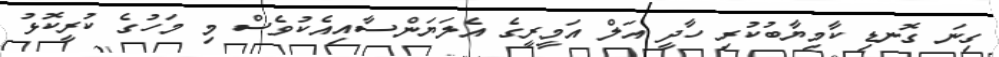
ގިނަ ގޮނޑި ކާމިޔާބުކުރި ހާދީ އަލް އަމީރީގެ އެލަޔަންސާއިއެކުވެސް މި މަހުގެ ކުރީކޮޅު